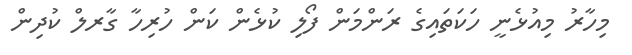
މިހާރު މިއުޅެނީ ހަކަތައިގެ ރަންމަން ފޯލި ކުޅެން ކަން ހުރިހާ ގާރލް ކުދިން